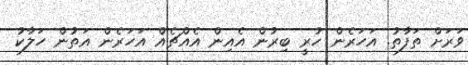
ވަރަށް ތަފާތު. އަހަރެން ހުރީ ބިރުން އެއިން އެއްޗެއް އަހަރެން އަތުން ހަލާކު